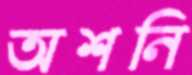
অশনি